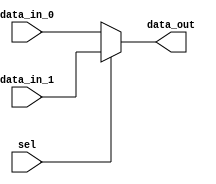
module mux_2to1 (
    input wire data_in_0,
    input wire data_in_1,
    input wire sel,
    output reg data_out
);

always @(*)
begin
    if(sel == 1'b0)
        data_out = data_in_0;
    else
        data_out = data_in_1;
end

endmodule